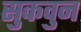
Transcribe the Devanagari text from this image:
सुकवुन